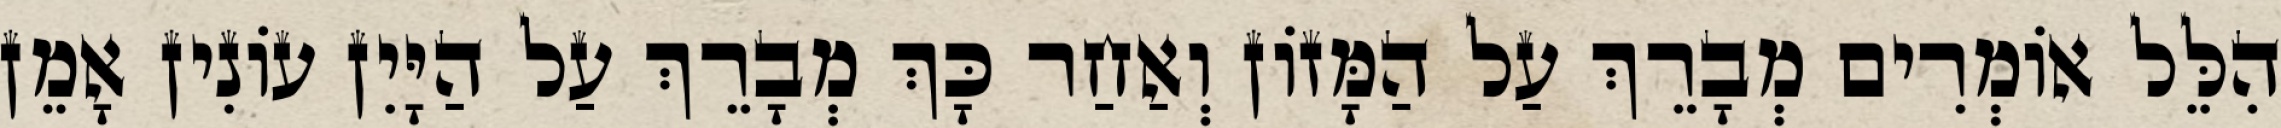
הִלֵּל אוֹמְרִים מְבָרֵךְ עַל הַמָּזוֹן וְאַחַר כָּךְ מְבָרֵךְ עַל הַיָּיִן עוֹנִין אָמֵן